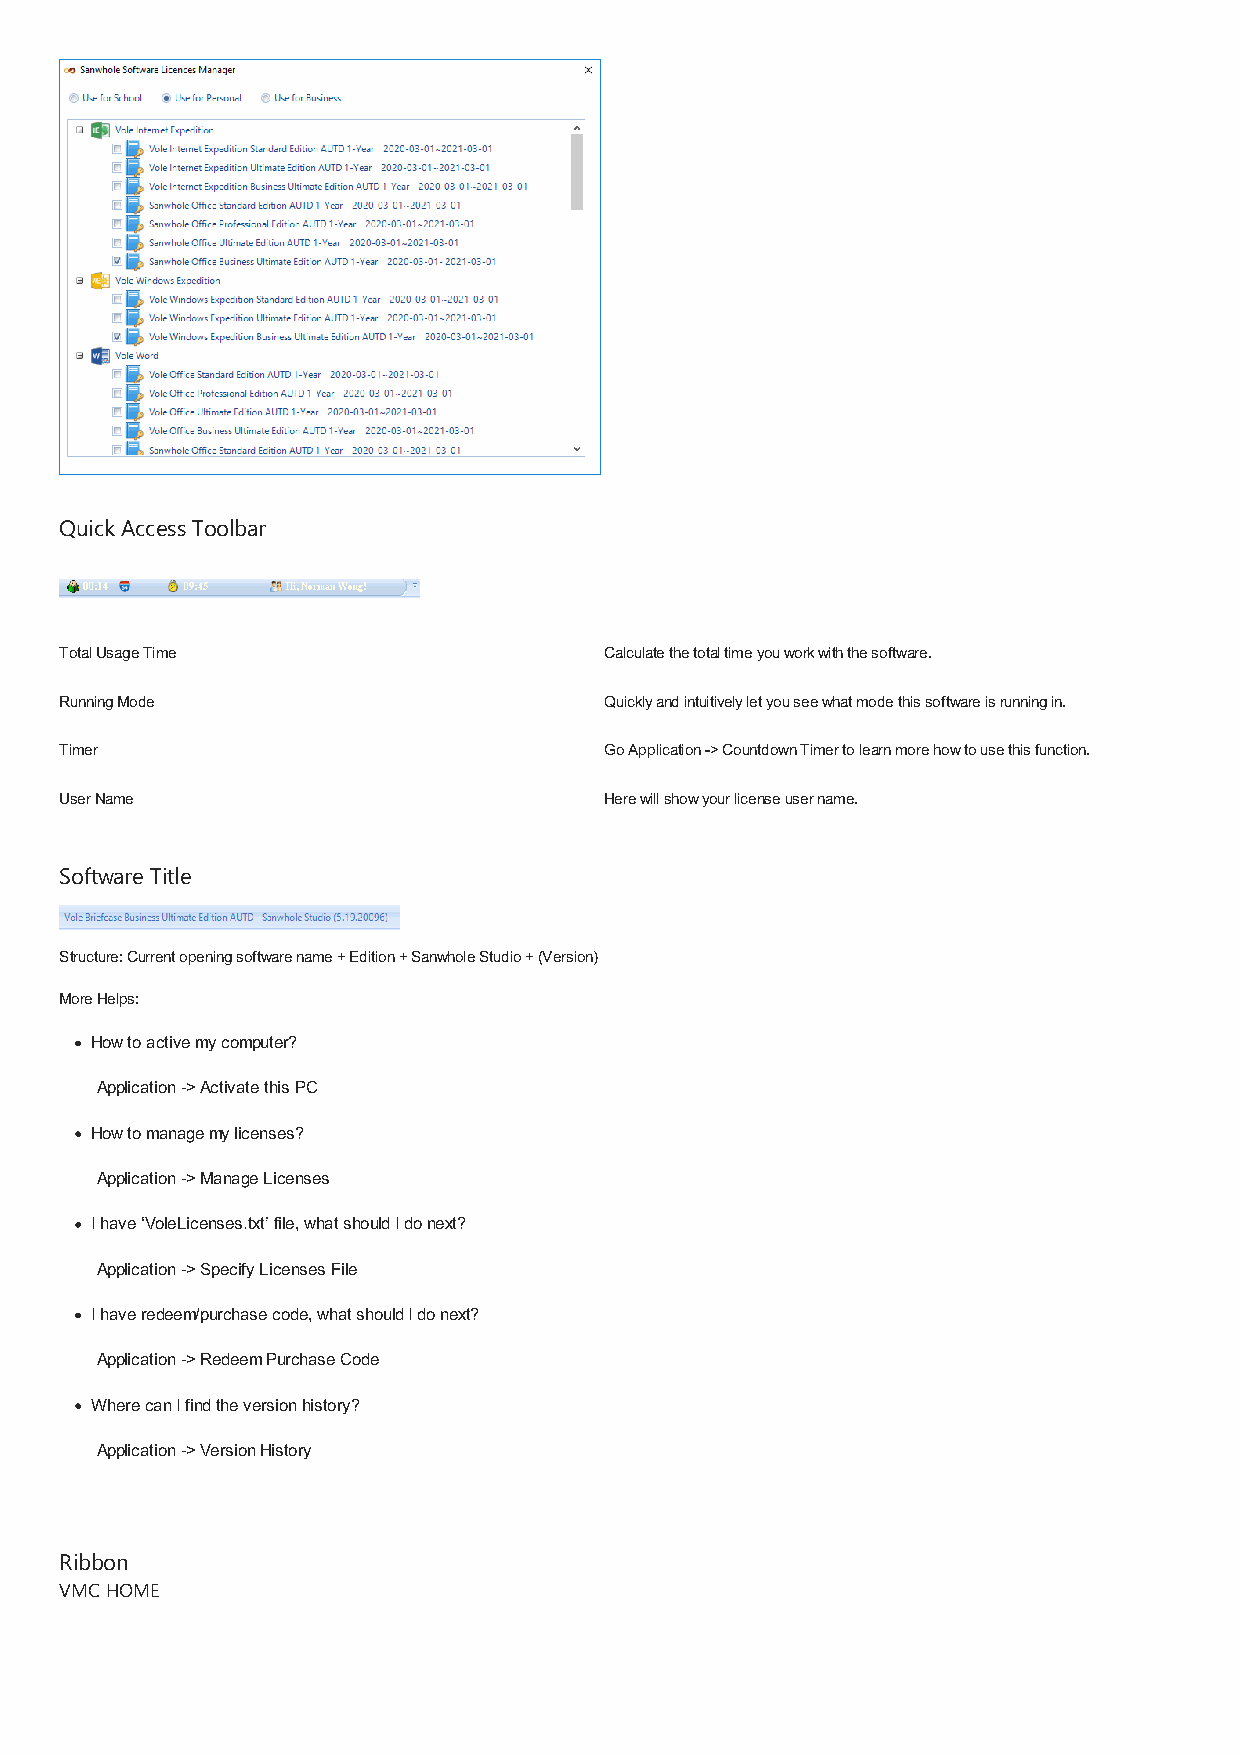
Quick Access Toolbar
 Total Usage Time                    Calculate the total time you work with the software.
 Running Mode                        Quickly and intuitively let you see what mode this software is running in.
 Timer                               Go Application -> Countdown Timer to learn more how to use this function.
 User Name                           Here will show your license user name.
 Software Title
 Structure: Current opening software name + Edition + Sanwhole Studio + (Version)
 More Helps:
 How to active my computer?
 Application -> Activate this PC
 How to manage my licenses?
 Application -> Manage Licenses
 I have ‘VoleLicenses.txt’ file, what should I do next?
 Application -> Specify Licenses File
 I have redeem/purchase code, what should I do next?
 Application -> Redeem Purchase Code
 Where can I find the version history?
 Application -> Version History
 Ribbon
 VMC HOME